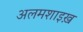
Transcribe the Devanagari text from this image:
अलमशाइख़